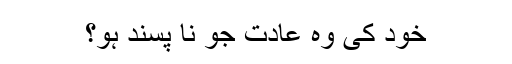
خود کی وہ عادت جو نا پسند ہو؟